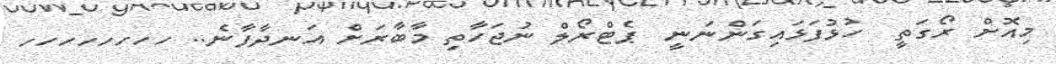
މިއޮށް ރޯގަތީ  ހުޅުފަޅައިގަންނަނީ  ޕެޓްރޯލް ނުޖަހާތި މާބާރަށް އަނދާފާނެ.. ހހހހހހހހ